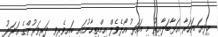
މިދިޔަ އަހަރާ އަޅާބަލާއިރު މި އަހަރު އޯލެވެލް އިމްތިހާނުގައި ބައިވެރިވި ދަރިވަރުންގެ އަދަދު